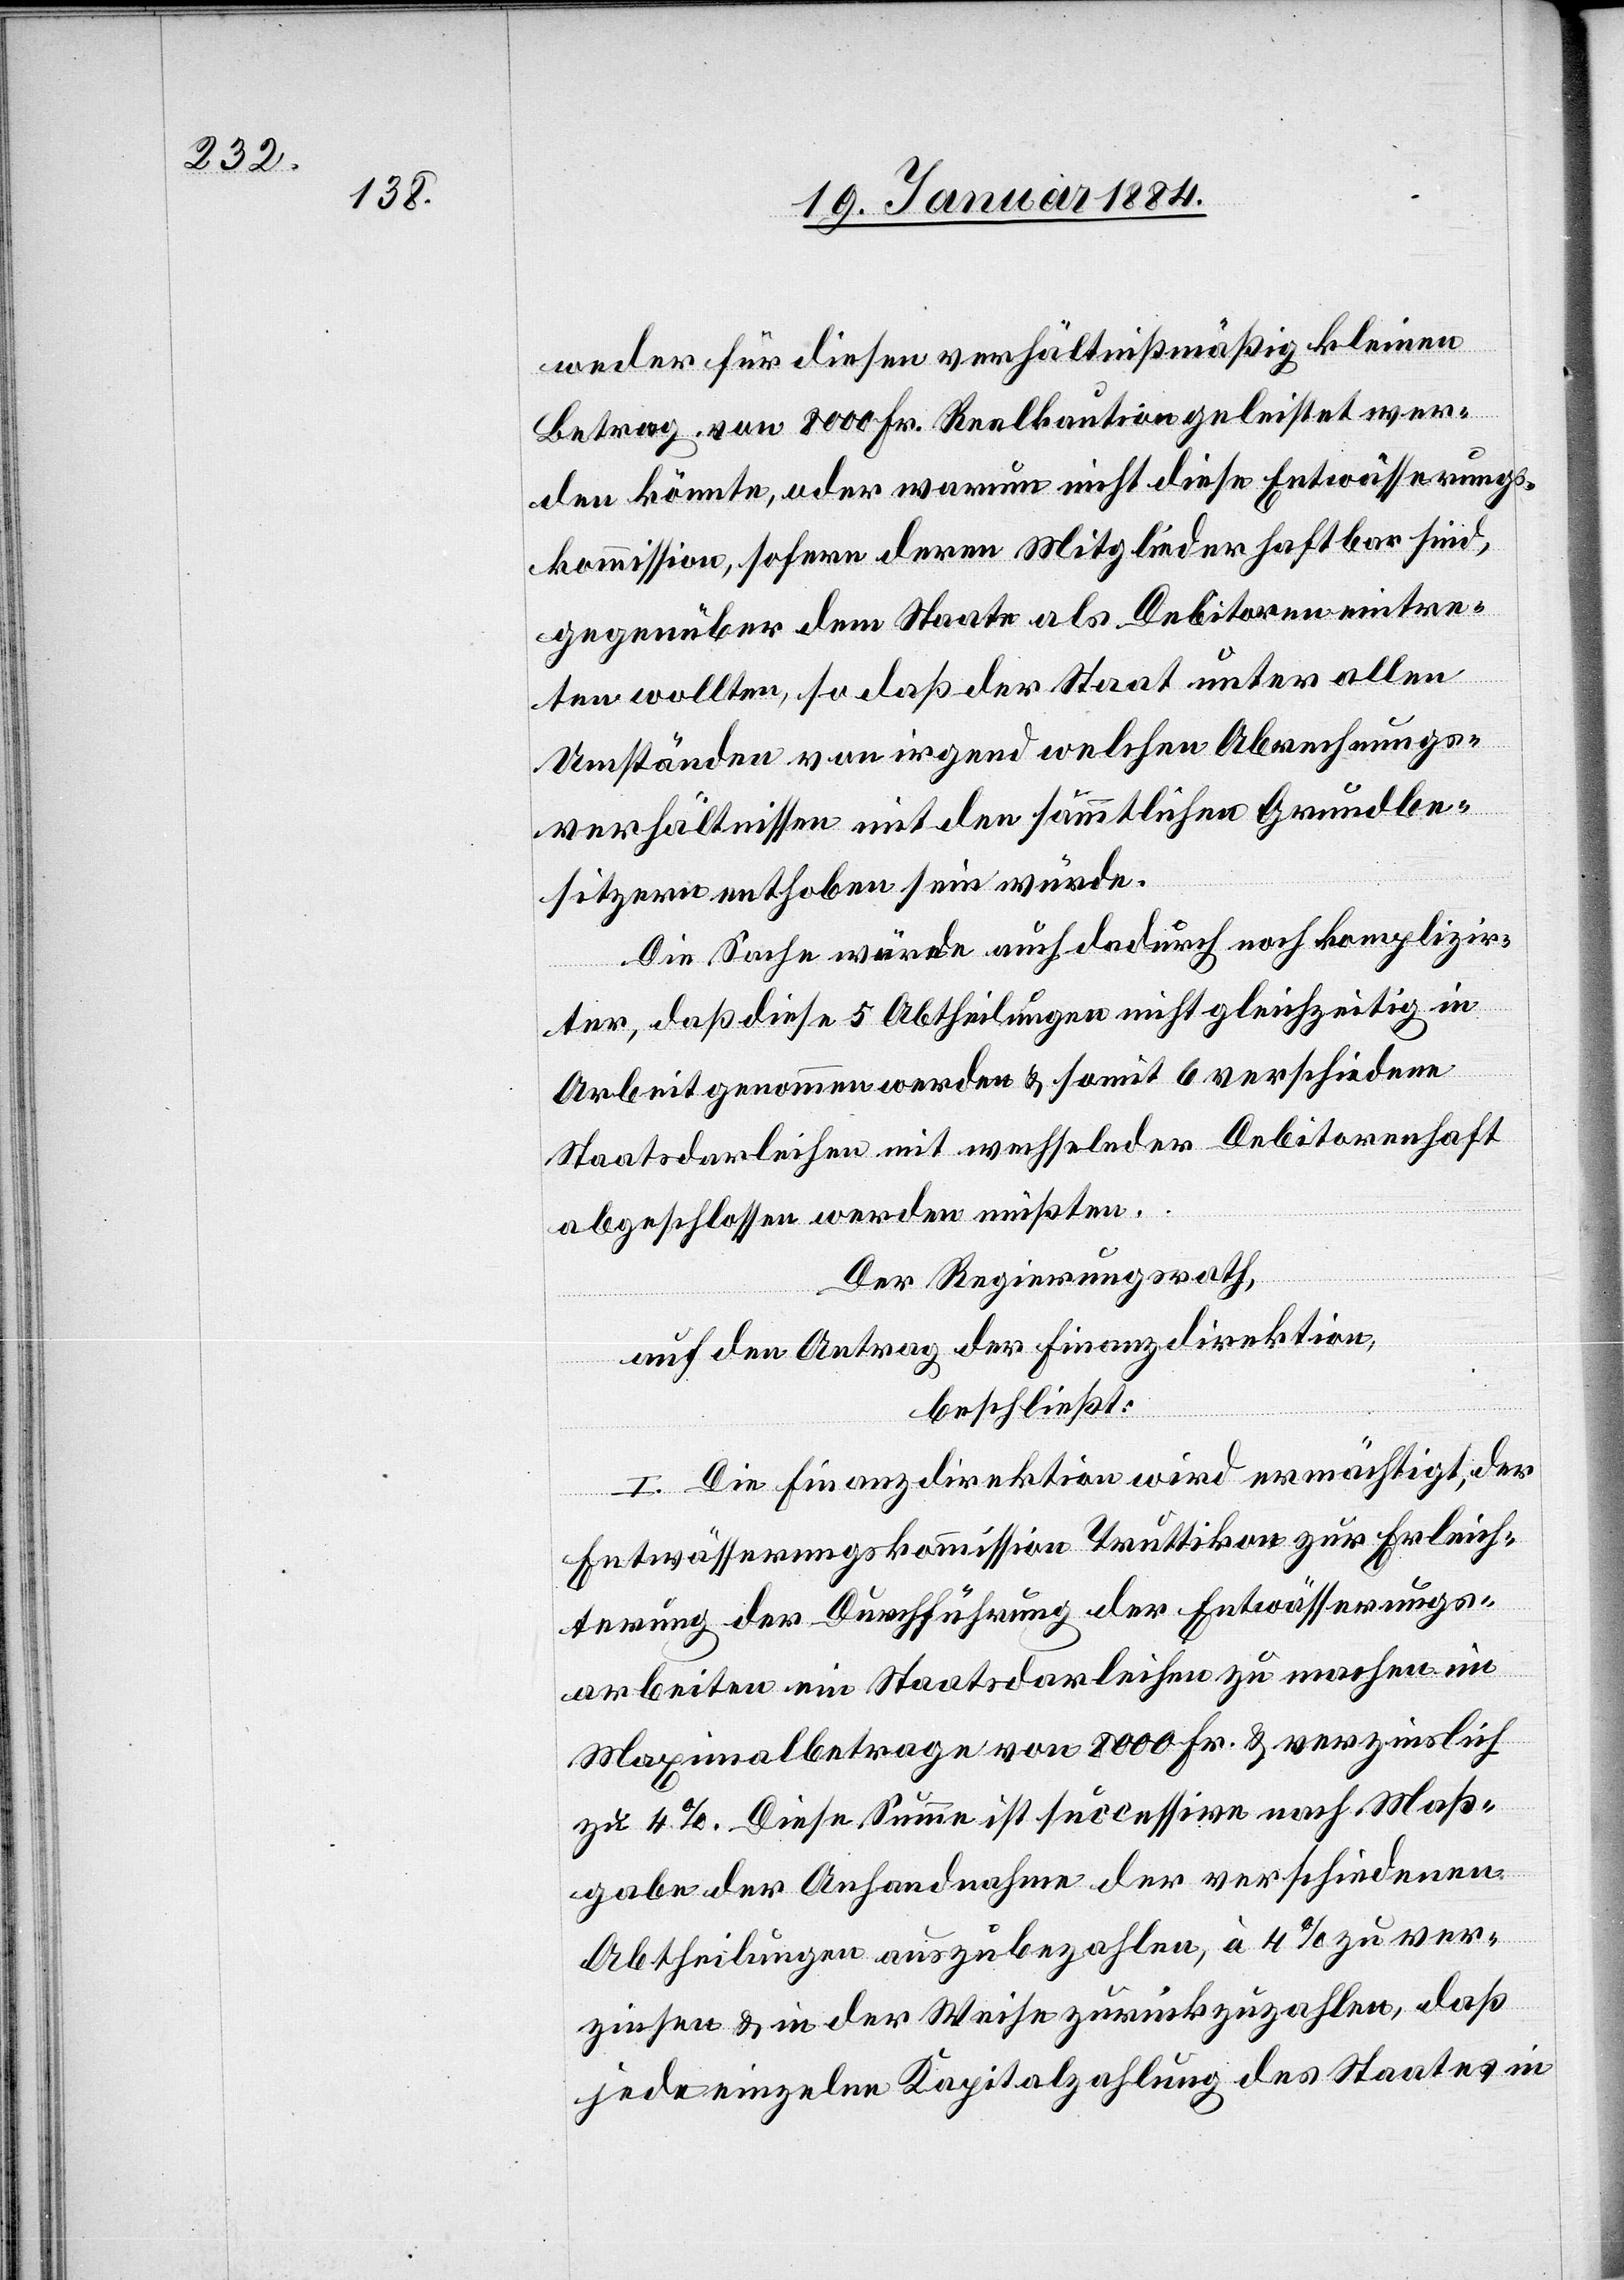
weder für diesen verhältnismäßig kleinen
Betrag von 8000 Fr. Reklamation geleistet wer¬
den könnte, oder warum nicht diese Entwässerungs¬
kommission, sofern deren Mitglieder haftbar sind,
gegenüber dem Staate als Debitoren eintre¬
ten wollten, so daß der Staat unter allen
Umständen von irgend welchen Abrechnungs¬
verhältnissen mit den sämmtlichen Grundbe¬
sitzern enthoben sein würde.
Die Sache würde auch dadurch noch komplizir¬
ter, daß diese 6 Abtheilungen nicht gleichzeitig in
Arbeit genommen werden & somit 6 verschiedene
Staatsdarleihen mit wechselnder Debitorenhaft
abgeschlossen werden müßten.
Der Regierungsrath,
auf den Antrag der Finanzdirektion,
beschließt:
I. Die Finanzdirektion wird ermächtigt, der
Entwässerungskommission Truttikon zur Erleich¬
terung der Durchführung der Entwässerungs¬
arbeiten ein Staatsdarleihen zu machen im
Maximalbetrage von 8000 Fr. & verzinslich
zu 4%. Diese Summe ist successive nach Maß¬
gabe der Anhandnahme der verschiedenen
Abtheilungen auszubezahlen, à 4% zu ver¬
zinsen & in der Weise zurückzubezahlen, daß
jede einzelne Kapitalzahlung des Staates in